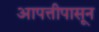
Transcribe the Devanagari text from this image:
आपत्तीपासून